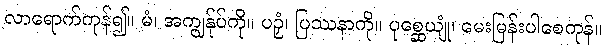
လာရောက်ကုန်၍။ မံ၊ အကျွန်ုပ်ကို။ ပဉှံ၊ ပြဿနာကို။ ပုစ္ဆေယျုံ၊ မေးမြန်းပါစေကုန်။